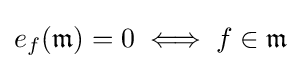
e_{f}({\mathfrak {m}})=0\iff f\in {\mathfrak {m}}